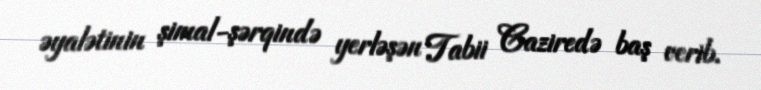
əyalətinin şimal-şərqində yerləşən Tabii Caziredə baş verib.